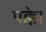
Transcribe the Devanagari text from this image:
पक्के।